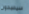
سيصبحون